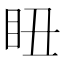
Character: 𥄨